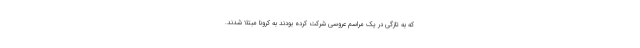
که به تازگی در یک مراسم عروسی شرکت کرده بودند به کرونا مبتلا شدند.